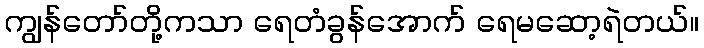
ကျွန်တော်တို့ကသာ ရေတံခွန်အောက် ရေမဆော့ရဲတယ်။